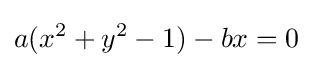
a(x^{2}+y^{2}-1)-bx=0